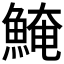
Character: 𩸆